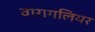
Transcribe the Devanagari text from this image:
वारागलियर